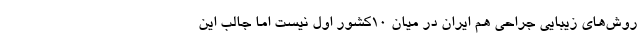
روش‌های زیبایی جراحی هم ایران در میان ۱۰کشور اول نیست اما جالب این‌